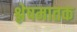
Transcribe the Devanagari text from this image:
श्लेषमातक